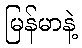
မြန်မာနဲ့